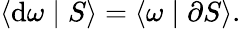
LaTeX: \langle\mathrm{d}\omega\mid S\rangle=\langle\omega\mid\partial S\rangle.